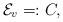
LaTeX: \begin{align*} \mathcal{E}_v=:C,\end{align*}